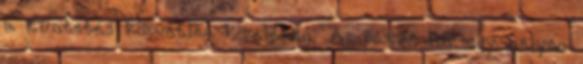
a tüntetés közvetlen közelében. Az összes hír egy helyen